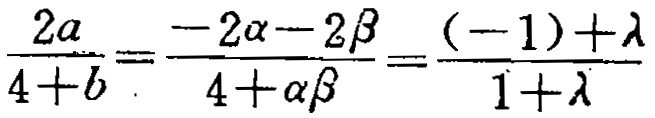
\(\frac{2a}{4 + b}=\frac{-2\alpha - 2\beta}{4+\alpha\beta}=\frac{(-1)+\lambda}{1+\lambda}\)